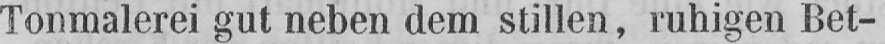
Tonmalerei gut neben dem stillen, ruhigen Bet-